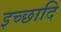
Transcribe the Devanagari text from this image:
इच्छादि